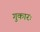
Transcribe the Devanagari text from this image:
गुकारः